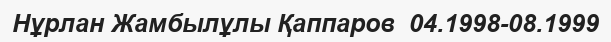
Нұрлан Жамбылұлы Қаппаров  04.1998-08.1999